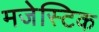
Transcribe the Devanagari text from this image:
मजेस्टिक